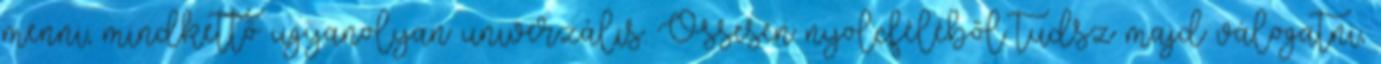
menni, mindkettő ugyanolyan univerzális. Össesen nyolcféléből tudsz majd válogatni,